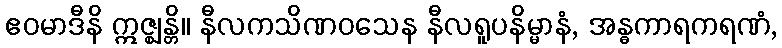
ဧဝမာဒီနိ ဣဇ္ဈန္တိ။ နီလကသိဏဝသေန နီလရူပနိမ္မာနံ, အန္ဓကာရကရဏံ,